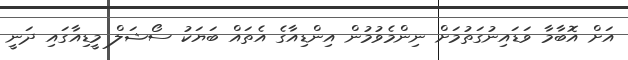
އަށް އޮބާމާ ވަޑައިނުގަތުމަށް ނިންމެވުމުން އިންޑިއާގެ އެތައް ބަޔަކު ސޯޝަލް މީޑިއާގައި ދަނީ